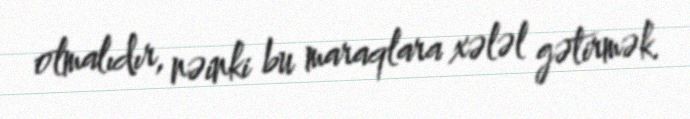
olmalıdır, nəinki bu maraqlara xələl gətirmək.